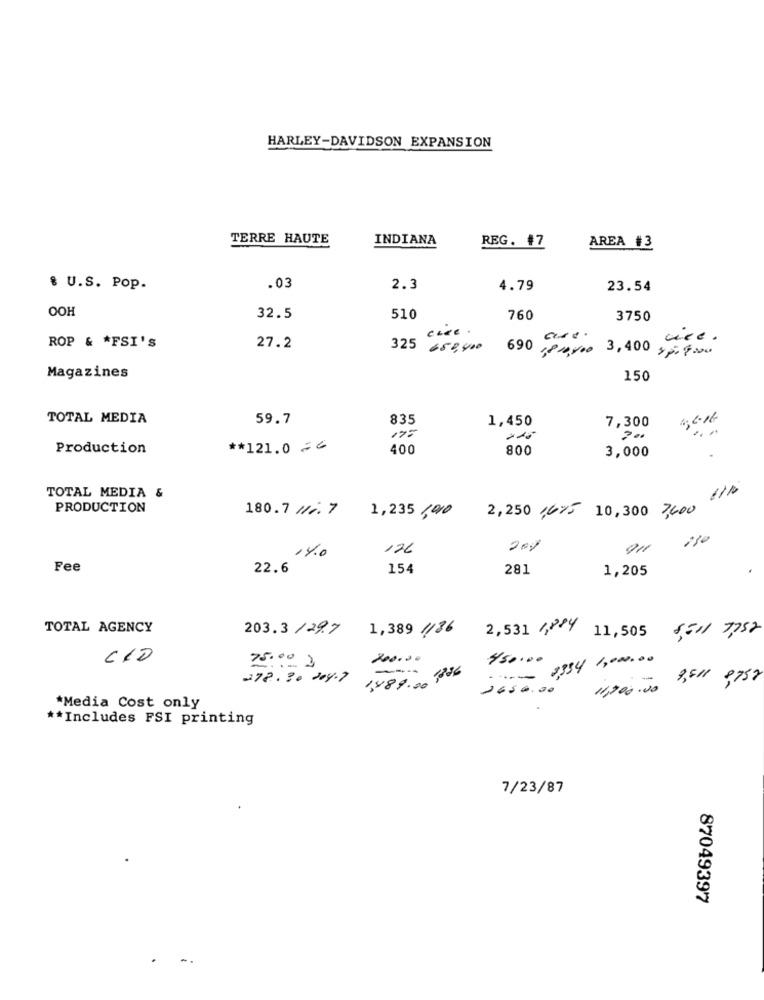
HARLEY-DAVIDSON EXPANSION
TERRE HAUTE
INDIANA
REG. #7
AREA #3
& U.S. Pop.
.03
2.3
4.79
23.54
OOH
32.5
510
760
3750
cree .
vice.
ROP & *FSI'S
27.2
325 650,400 690 ,8/0,000 3,400 p=9.00
Magazines
150
TOTAL MEDIA
59.7
835
1,450
7,300
46.16
17:
Production
** 121.0 26
400
800
3,000
TOTAL MEDIA &
PRODUCTION
180.7 // 7
2,250 ,675 10,300 ,600
1,235 ,000
126
200
14.0
Fee
22.6
154
281
1,205
TOTAL AGENCY
203.3/29.7
1,389 //36
2,531 / 11,505 55// 7,52
CIO
75.00
200.00
450.00
:-- 2,334 1,000.00
278.20204.7
3489.00 106.
1650.00
11,900.00
*Media Cost only
** Includes FSI printing
7/23/87
87049397
-.